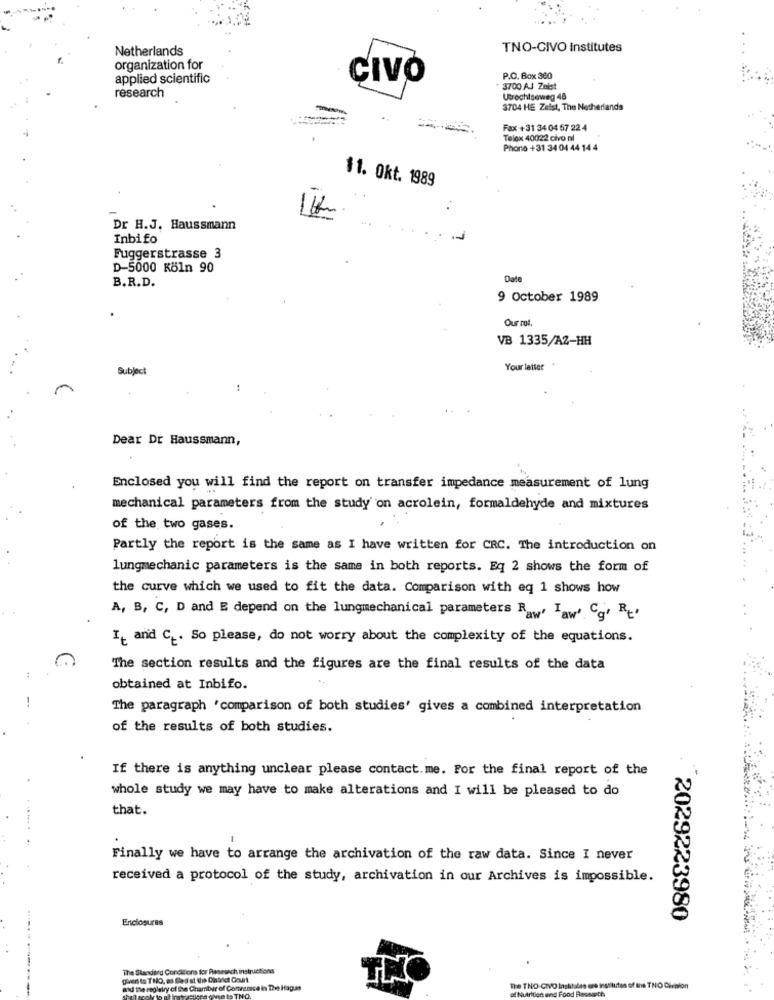
Netherlands
TNO-CIVO Institutes
organization for
applied scientific
CIVO
P.O. Box 360
research
3700 AJ Zeist
Utrechtseweg 48
3704 HE Zelst, The Netherlands
Fax +31 34 04 57 22 4
Telex 40022 civo nl
Phone +31 34 04 44 14 4
11. Okt. 1989
..
1 H
Dr H.J. Haussmann
Inbifo
-
Fuggerstrasse 3
D-5000 Köln 90
B.R.D.
Date
9 October 1989
Our rot.
VB 1335/AZ-HH
Subject
Your letter
Dear Dr Haussmann,
Enclosed you will find the report on transfer impedance measurement of lung
mechanical parameters from the study on acrolein, formaldehyde and mixtures
of the two gases.
Partly the report is the same as I have written for CRC. The introduction on
lungmechanic parameters is the same in both reports. Eq 2 shows the form of
the curve which we used to fit the data. Comparison with eq 1 shows how
A, B, C, D and E depend on the lungmechanical parameters Raw' Taw' Cy. Ry'
It and C _. So please, do not worry about the complexity of the equations.
The section results and the figures are the final results of the data
obtained at Inbifo.
The paragraph 'comparison of both studies' gives a combined interpretation
of the results of both studies.
If there is anything unclear please contact. me. For the final report of the
whole study we may have to make alterations and I will be pleased to do
that.
Finally we have to arrange the archivation of the raw data. Since I never
received a protocol of the study, archivation in our Archives is impossible.
Enclosures
2029223980
The Standard Conditions for Rasesach instructions
given to THO, en fles at the Dinbilet Court
and the registry of Dia Chamber of Comeanice in The Hagan
The THO-CIVO lastitales ere institutes of the TNO Division
Nutrition and Food